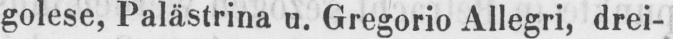
golese, Palästrina u. Gregorio Allegri, drei-